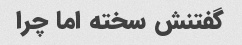
گفتنش سخته اما چرا